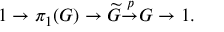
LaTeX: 1 \to \pi _ { 1 } ( G ) \to { \widetilde { G } } { \overset { p } { \to } } G \to 1 .